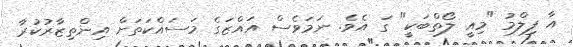
އާ ފިލްމު "މިއީ ލޯތްބަކީ" ގަ އެވެ. ނަމަވެސް އައްޒަގެ މަސައްކަތަށް އިންތިޒާރުކުރާ